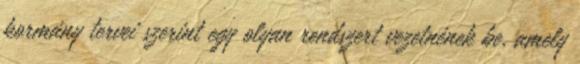
kormány tervei szerint egy olyan rendszert vezetnének be, amely